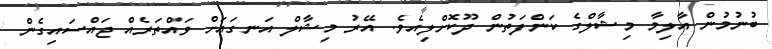
ބުނުމުން އާލިމާ މިޝާލްގެ ކަންފަތުން ދޫކޮށްލިއެވެ. އޭރު މިޝާލް އަނގައަށް ވައްތަރެއް ޖައްސައިގެން